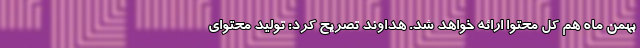
بهمن ماه هم کل محتوا ارائه خواهد شد. هداوند تصریح کرد: تولید محتوای